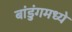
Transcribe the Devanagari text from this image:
बांडुंगमध्ये